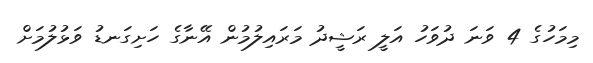
މިމަހުގެ 4 ވަނަ ދުވަހު އަލީ ރަޝީދު މަރައިލުމުން އޭނާގެ ހަށިގަނޑު ވަޅުލުމަށް